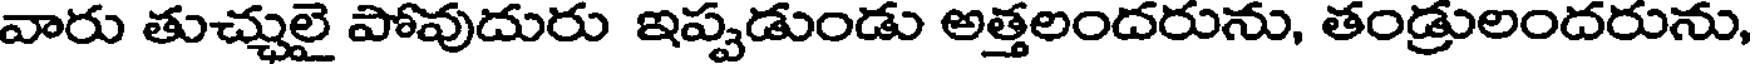
వారు తుచ్చులై పోవుదురు ఇప్పడుండు అత్తలందరును, తండ్రులందరును,